Medical and sanitary report on the native army of Bombay for the year
Year: 1877
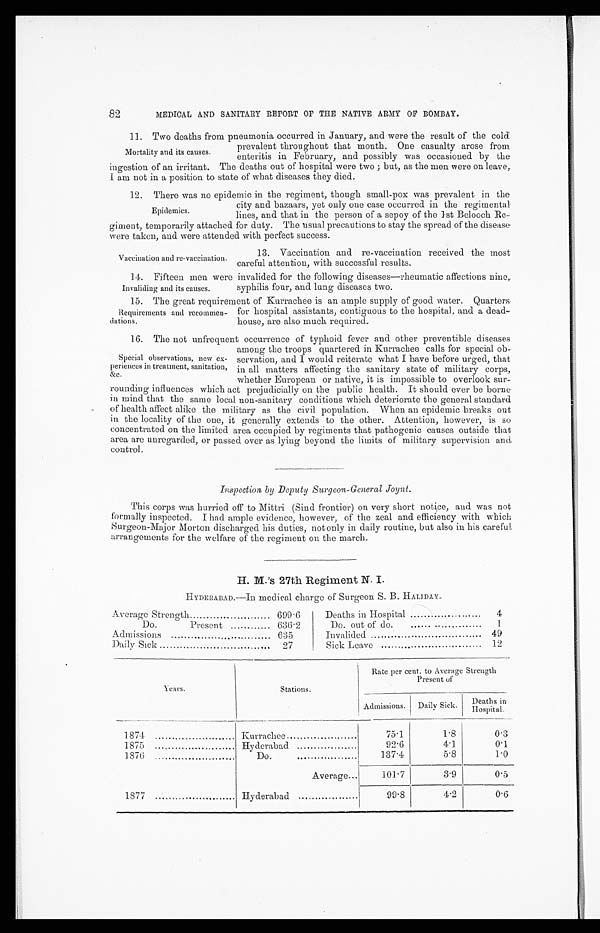
Invaliding and its causes.
14. Fifteen men were invalided for the following diseases—rheumatic affections nine,
syphilis four, and lung diseases two.
Requirements and recommen-
dations.
82
MEDICAL AND SANITARY REPORT OF THE NATIVE ARMY OF BOMBAY.
Mortality and its causes.
11. Two deaths from pneumonia occurred in January, and were the result of the cold
prevalent throughout that month. One casualty arose from
enteritis in February, and possibly was occasioned by the
ingestion of an irritant. The deaths out of hospital were two ; but, as the men were on leave,
I am not in a position to state of what diseases they died.
Epidemics.
12. There was no epidemic in the regiment, though small-pox was prevalent in the
city and bazaars, yet only one case occurred in the regimental
lines, and that in the person of a sepoy of the 1st Belooch Re-
giment, temporarily attached for duty. The usual precautions to stay the spread of the disease
were taken, and were attended with perfect success.
Vaccination and re-vaccination.
13. Vaccination and re-vaccination received the most
careful attention, with successful results.
15. The great requirement of Kurrachee is an ample supply of good water. Quarters
for hospital assistants, contiguous to the hospital, and a dead
—house, are also much required.
Special observations, new ex-
periences in treatment, sanitation,
&c.
16. The not unfrequent occurrence of typhoid fever and other preventible diseases
among the troops quartered in Kurrachee calls for special ob
-servation, and I would reiterate what I have before urged, that
in all matters affecting the sanitary state of military corps,
whether European or native, it is impossible to overlook sur-
rounding influences which act prejudicially on the public health. It should ever be borne
in mind that the same local non-sanitary conditions which deteriorate the general standard
of health affect alike the military as the civil population. When an epidemic breaks out
in the locality of the one, it generally extends to the other. Attention, however, is so
concentrated on the limited area occupied by regiments that pathogenic causes outside that
area are unregarded, or passed over as lying beyond the limits of military supervision and
control.
Inspection by Deputy Surgeon-General Joynt.
This corps was hurried off to Mittri (Sind frontier) on very short notice, and was not
formally inspected. I had ample evidence, however, of the zeal and efficiency with which
Surgeon-Major Morton discharged his duties, not only in daily routine, but also in his careful
arrangements for the welfare of the regiment on the march.
H. M.'s 27th Regiment N. I.
HYDERABAD.—In medical charge of Surgeon S. B. HALIDAY
.
Average Strength
699.6
Deaths in Hospital
4
Do.
Present
636.2
Do. out of do.
1
Admissions
635
Invalided
49
Daily Sick
27
Sick Leave
12
Years.
Stations.
Rate per cent. to Average Strength
Present of
Admissions. Daily Sick.
Deaths in
Hospital.
1874
Kurrachee
75.1
1.8
0.3
1875
Hyderabad
92.6
4.1
0.1
1876
Do.
137.4
5.8
1.0
Average...
101.7
3.9
0.5
1877
Hyderabad
99.8
4.2
0.6